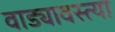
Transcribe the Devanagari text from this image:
वाड्यावस्त्या